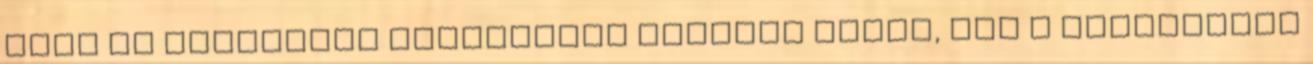
hogy új gazdasági struktúrát hozzunk létre, ezt a folyamatot